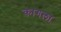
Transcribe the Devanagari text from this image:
कागला